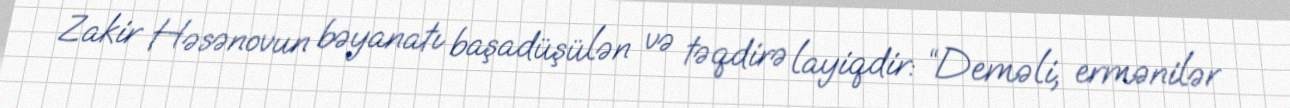
Zakir Həsənovun bəyanatı başadüşülən və təqdirə layiqdir: “Deməli, ermənilər